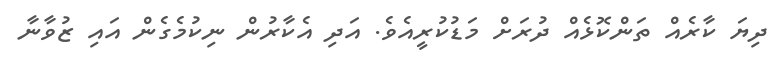
ދިޔަ ކާރެއް ތަންކޮޅެއް ދުރަށް މަޑުކުރީއެވެ. އަދި އެކާރުން ނިކުމެގެން އައި ޒުވާނާ